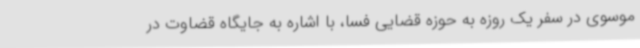
موسوی در سفر یک روزه به حوزه قضایی فسا، با اشاره به جایگاه قضاوت در